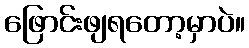
ဖြောင်းဖျရတော့မှာပဲ။